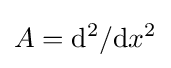
A=\mathrm {d} ^{2}/\mathrm {d} x^{2}